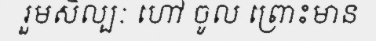
រួមសិល្បៈ ហៅ ចូល ព្រោះមាន